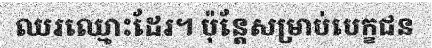
ឈរឈ្មោះដែរ។ ប៉ុន្តែសម្រាប់បេក្ខជន